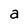
Character: a